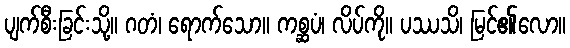
ပျက်စီးခြင်းသို့။ ဂတံ၊ ရောက်သော။ ကစ္ဆပံ၊ လိပ်ကို။ ပဿသိ၊ မြင်၏လော။